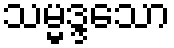
သမ္မဒ္ဒသော